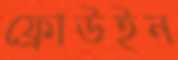
ফ্রোউইন